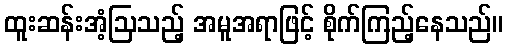
ထူးဆန်းအံ့ဩသည့် အမူအရာဖြင့် စိုက်ကြည့်နေသည်။